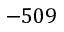
- 5 0 9